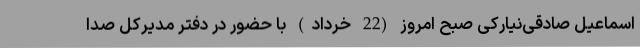
اسماعیل صادقی‌نیارکی صبح امروز (22 خرداد) با حضور در دفتر مدیرکل صدا